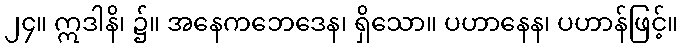
၂၄။ ဣဒါနိ၊ ၌။ အနေကဘေဒေန၊ ရှိသော။ ပဟာနေန၊ ပဟာန်ဖြင့်။